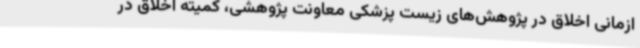
ازمانی اخلاق در پژوهش‌های زیست پزشکی معاونت پژوهشی، کمیته اخلاق در